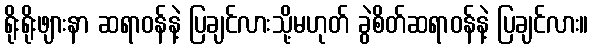
ရိုးရိုးဖျားနာ ဆရာဝန်နဲ့ ပြချင်လားသို့မဟုတ် ခွဲစိတ်ဆရာဝန်နဲ့ ပြချင်လား။